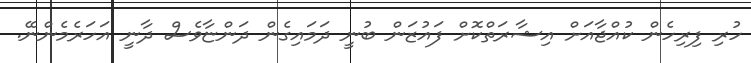
ހުރި ފިރިހެން ކުއްޖާއަށް އިޝާރަތްކޮށް ފައުޒަން ބުނީ ދަމައިގެން ދަންޏާވެސް ދާނީ އަހަރެމެންނޭ.